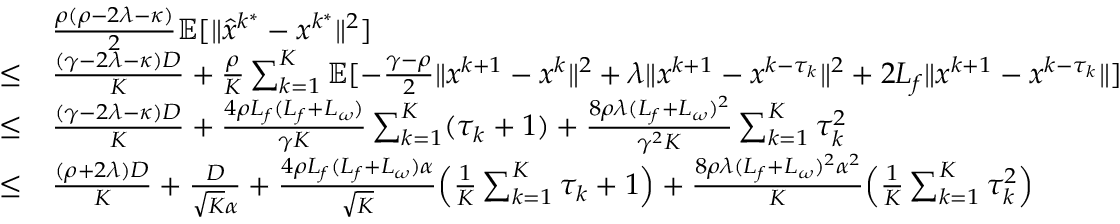
\begin{array} { r l } & { \frac { \rho ( \rho - 2 \lambda - \kappa ) } { 2 } \mathbb { E } [ \| \hat { x } ^ { k ^ { \ast } } - x ^ { k ^ { \ast } } \| ^ { 2 } ] } \\ { \leq } & { \frac { ( \gamma - 2 \lambda - \kappa ) D } { K } + \frac { \rho } { K } \sum _ { k = 1 } ^ { K } \mathbb { E } [ - \frac { \gamma - \rho } { 2 } \| x ^ { k + 1 } - x ^ { k } \| ^ { 2 } + \lambda \| x ^ { k + 1 } - x ^ { k - \tau _ { k } } \| ^ { 2 } + 2 L _ { f } \| x ^ { k + 1 } - x ^ { k - \tau _ { k } } \| ] } \\ { \leq } & { \frac { ( \gamma - 2 \lambda - \kappa ) D } { K } + \frac { 4 \rho L _ { f } ( L _ { f } + L _ { \omega } ) } { \gamma K } \sum _ { k = 1 } ^ { K } ( \tau _ { k } + 1 ) + \frac { 8 \rho \lambda ( L _ { f } + L _ { \omega } ) ^ { 2 } } { \gamma ^ { 2 } K } \sum _ { k = 1 } ^ { K } \tau _ { k } ^ { 2 } } \\ { \leq } & { \frac { ( \rho + 2 \lambda ) D } { K } + \frac { D } { \sqrt { K } \alpha } + \frac { 4 \rho L _ { f } ( L _ { f } + L _ { \omega } ) \alpha } { \sqrt { K } } \Big ( \frac { 1 } { K } \sum _ { k = 1 } ^ { K } \tau _ { k } + 1 \Big ) + \frac { 8 \rho \lambda ( L _ { f } + L _ { \omega } ) ^ { 2 } \alpha ^ { 2 } } { K } \Big ( \frac { 1 } { K } \sum _ { k = 1 } ^ { K } \tau _ { k } ^ { 2 } \Big ) } \end{array}